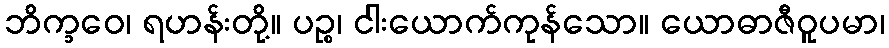
ဘိက္ခဝေ၊ ရဟန်းတို့။ ပဉ္စ၊ ငါးယောက်ကုန်သော။ ယောဓာဇီဝူပမာ၊